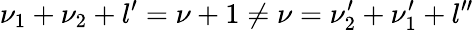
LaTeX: \nu_{1}+\nu_{2}+l^{\prime}=\nu+1\neq\nu=\nu_{2}^{\prime}+\nu_{1}^{\prime}+l^{\prime\prime}